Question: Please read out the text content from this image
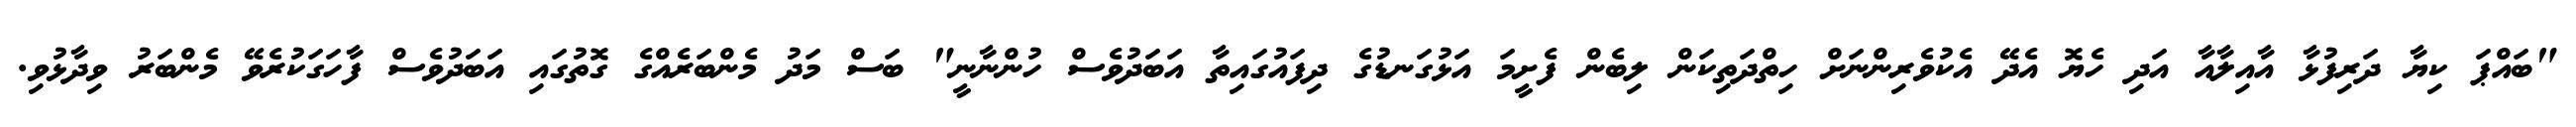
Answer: "ބައްޕަ ކިޔާ ދަރިފުޅާ އާއިލާއާ އަދި ހެޔޮ އެދޭ އެކުވެރިންނަށް ހިތްދަތިކަން ލިބެން ފެށީމަ އަޅުގަނޑުގެ ދިފައުގައިތާ އަބަދުވެސް ހުންނާނީ" ބަސް މަދު މެންބަރެއްގެ ގޮތުގައި އަބަދުވެސް ފާހަގަކުރެވޭ މެންބަރު ވިދާޅުވި.